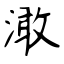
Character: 澉